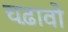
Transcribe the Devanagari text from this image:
चढ़ावो